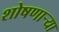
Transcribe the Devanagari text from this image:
शोषणाऱ्या